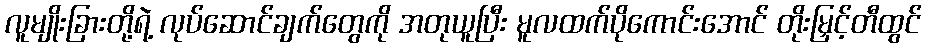
လူမျိုးခြားတို့ရဲ့ လုပ်ဆောင်ချက်တွေကို အတုယူပြီး မူလထက်ပိုကောင်းအောင် တိုးမြှင့်တီထွင်